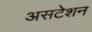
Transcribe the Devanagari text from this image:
असटेशन